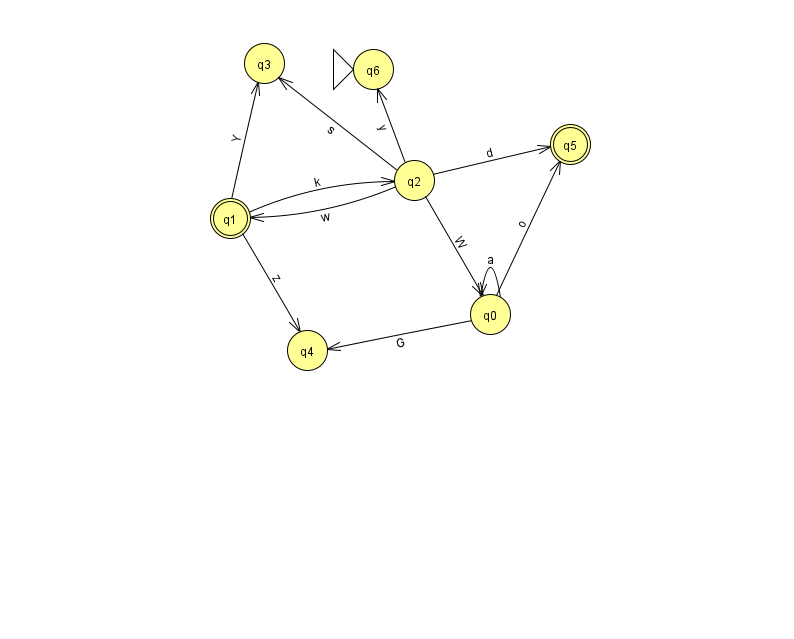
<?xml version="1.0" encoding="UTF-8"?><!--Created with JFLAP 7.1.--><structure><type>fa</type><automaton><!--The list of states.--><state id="0" name="q0"><x>490.0</x><y>301.0</y></state><state id="1" name="q1"><x>230.0</x><y>205.0</y><final/></state><state id="2" name="q2"><x>414.0</x><y>167.0</y></state><state id="3" name="q3"><x>264.0</x><y>50.0</y></state><state id="4" name="q4"><x>307.0</x><y>337.0</y></state><state id="5" name="q5"><x>570.0</x><y>131.0</y><final/></state><state id="6" name="q6"><x>373.0</x><y>56.0</y><initial/></state><!--The list of transitions.--><transition><from>0</from><to>0</to><read>a</read></transition><transition><from>0</from><to>5</to><read>o</read></transition><transition><from>2</from><to>1</to><read>w</read></transition><transition><from>2</from><to>6</to><read>y</read></transition><transition><from>1</from><to>4</to><read>z</read></transition><transition><from>2</from><to>0</to><read>W</read></transition><transition><from>2</from><to>3</to><read>s</read></transition><transition><from>1</from><to>3</to><read>Y</read></transition><transition><from>2</from><to>5</to><read>d</read></transition><transition><from>0</from><to>4</to><read>G</read></transition><transition><from>1</from><to>2</to><read>k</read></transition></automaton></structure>